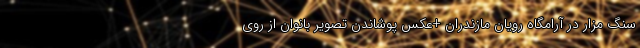
سنگ مزار در آرامگاه رویان مازندران +عکس پوشاندن تصویر بانوان از روی